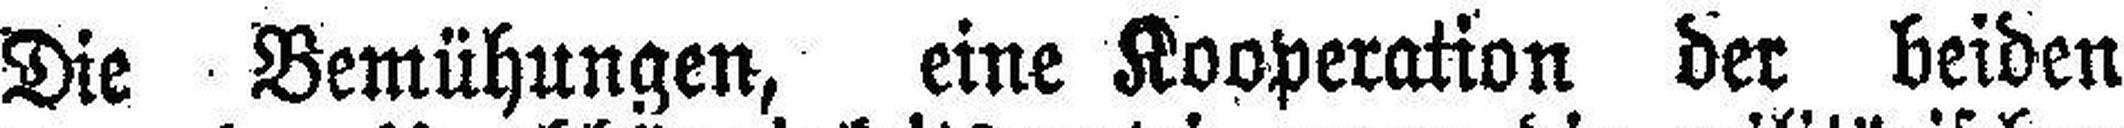
Die Bemühungen, eine Kooperation der beiden